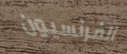
الفرنسيون